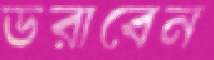
ডরাবেন